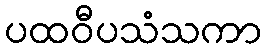
ပထဝီပသံသကာ